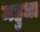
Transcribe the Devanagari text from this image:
महुधा